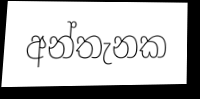
අන්තැනක